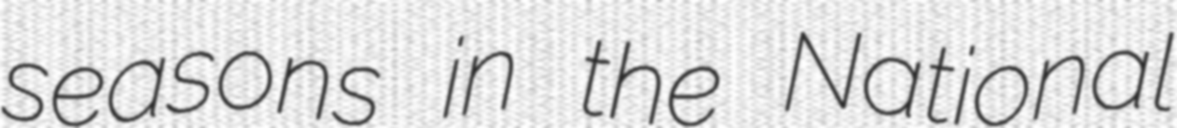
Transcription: seasons in the National